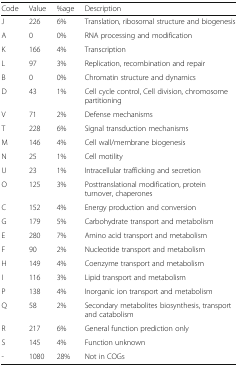
<table><thead><tr><td><b>Code</b></td><td><b>Value</b></td><td><b>%age</b></td><td><b>Description</b></td></tr></thead><tbody><tr><td>J</td><td>226</td><td>6%</td><td>Translation, ribosomal structure and biogenesis</td></tr><tr><td>A</td><td>0</td><td>0%</td><td>RNA processing and modification</td></tr><tr><td>K</td><td>166</td><td>4%</td><td>Transcription</td></tr><tr><td>L</td><td>97</td><td>3%</td><td>Replication, recombination and repair</td></tr><tr><td>B</td><td>0</td><td>0%</td><td>Chromatin structure and dynamics</td></tr><tr><td>D</td><td>43</td><td>1%</td><td>Cell cycle control, Cell division, chromosome partitioning</td></tr><tr><td>V</td><td>71</td><td>2%</td><td>Defense mechanisms</td></tr><tr><td>T</td><td>228</td><td>6%</td><td>Signal transduction mechanisms</td></tr><tr><td>M</td><td>146</td><td>4%</td><td>Cell wall/membrane biogenesis</td></tr><tr><td>N</td><td>25</td><td>1%</td><td>Cell motility</td></tr><tr><td>U</td><td>23</td><td>1%</td><td>Intracellular trafficking and secretion</td></tr><tr><td>O</td><td>125</td><td>3%</td><td>Posttranslational modification, protein turnover, chaperones</td></tr><tr><td>C</td><td>152</td><td>4%</td><td>Energy production and conversion</td></tr><tr><td>G</td><td>179</td><td>5%</td><td>Carbohydrate transport and metabolism</td></tr><tr><td>E</td><td>280</td><td>7%</td><td>Amino acid transport and metabolism</td></tr><tr><td>F</td><td>90</td><td>2%</td><td>Nucleotide transport and metabolism</td></tr><tr><td>H</td><td>149</td><td>4%</td><td>Coenzyme transport and metabolism</td></tr><tr><td>I</td><td>116</td><td>3%</td><td>Lipid transport and metabolism</td></tr><tr><td>P</td><td>138</td><td>4%</td><td>Inorganic ion transport and metabolism</td></tr><tr><td>Q</td><td>58</td><td>2%</td><td>Secondary metabolites biosynthesis, transport and catabolism</td></tr><tr><td>R</td><td>217</td><td>6%</td><td>General function prediction only</td></tr><tr><td>S</td><td>145</td><td>4%</td><td>Function unknown</td></tr><tr><td>-</td><td>1080</td><td>28%</td><td>Not in COGs</td></tr></tbody></table>